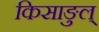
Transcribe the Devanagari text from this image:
किसाङुल्